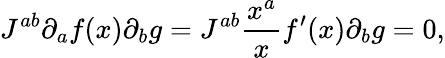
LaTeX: J^{ab}\partial_{a}f(x)\partial_{b}g=J^{ab}\frac{x^{a}}{x}f^{\prime}(x)\partial_{b}g=0,